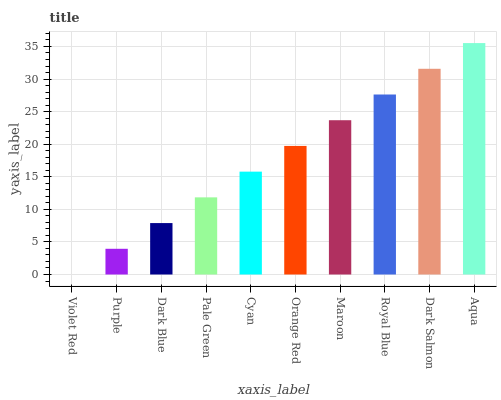
| xaxis_label | bars |
 | --- | --- |
 | Violet Red | 0 |
 | Purple | 3.95 |
 | Dark Blue | 7.89 |
 | Pale Green | 11.8 |
 | Cyan | 15.8 |
 | Orange Red | 19.7 |
 | Maroon | 23.7 |
 | Royal Blue | 27.6 |
 | Dark Salmon | 31.6 |
 | Aqua | 35.5 |